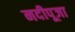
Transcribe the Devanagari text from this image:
नदीपूजा